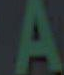
A